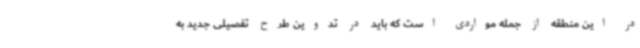
در این منطقه از جمله مواردی است که باید در تدوین طرح تفصیلی جدید به